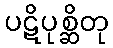
ပဋိပုစ္ဆိတု